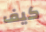
كيف